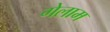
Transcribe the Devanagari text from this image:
गेलाम